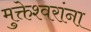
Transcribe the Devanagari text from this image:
मुक्तेश्वरांना